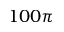
1 0 0 \pi